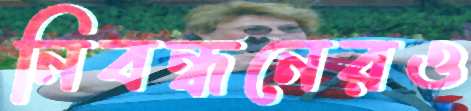
নিবন্ধনেরও